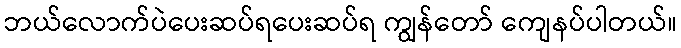
ဘယ်လောက်ပဲပေးဆပ်ရပေးဆပ်ရ ကျွန်တော် ကျေနပ်ပါတယ်။